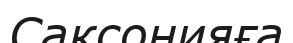
Саксонияға